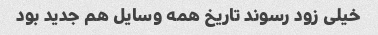
خیلی زود رسوند تاریخ همه وسایل هم جدید بود